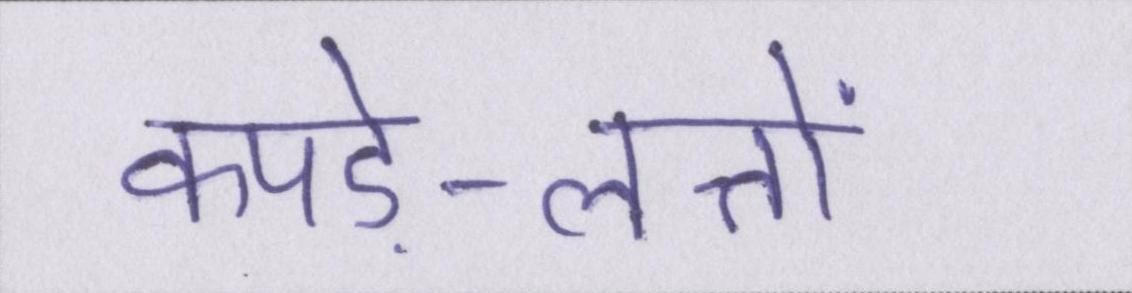
कपड़े-लत्तों